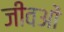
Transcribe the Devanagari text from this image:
जीवओं